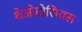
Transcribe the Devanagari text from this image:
थेओदोसियस